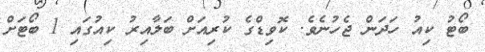
ބޯޓު ކިއު ހަދަން ޖެހުނެވެ. ކޮވިޑްގެ ކުރިއަށް ބަލާއިރު ކިއުގައި 1 ބޯޓަށް